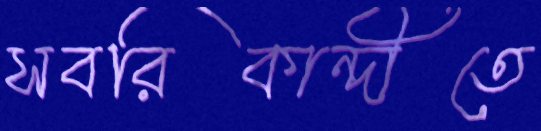
সবরিকান্দীতে